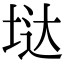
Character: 垯